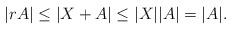
LaTeX: \begin{align*} |rA| \leq |X+A| \leq |X| |A| = |A|.\end{align*}